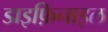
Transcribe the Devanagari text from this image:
डाइफ़िनाइल